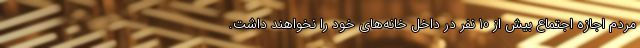
مردم اجازه اجتماع بیش از 10 نفر در داخل خانه‌های خود را نخواهند داشت.